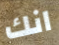
انك